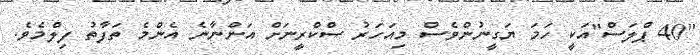
"40 ޕްލަސް"އަކީ ހަމަ ޔަގީނުންވެސް މިއަހަރު ސްކްރީނަށް އަންނާނެ އެންމެ ތަފާތު ފިލްމެވެ.